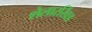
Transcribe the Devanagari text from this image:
शेलारखिंड